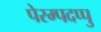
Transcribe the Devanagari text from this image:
पेरम्पदप्पु